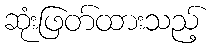
ဆုံးဖြတ်ထားသည့်